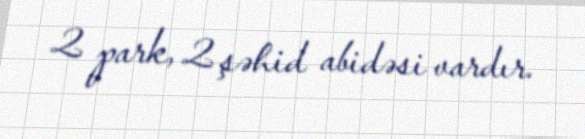
2 park, 2 şəhid abidəsi vardır.